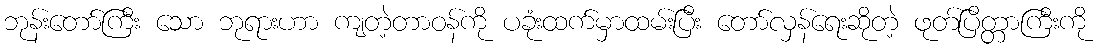
ဘုန်းတော်ကြီး သော ဘုရားဟာ ကျတဲ့တာဝန်ကို ပခုံးထက်မှာထမ်းပြီး တော်လှန်ရေးဆိုတဲ့ ဖုတ်ပြိတ္တာကြီးကို